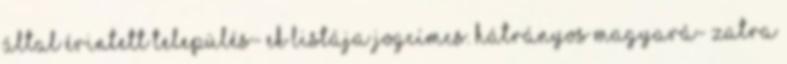
által érintett település- ek listája Jogcímcs. Hátrányos Magyará- zatra